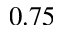
0 . 7 5